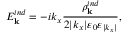
E _ { \bf k } ^ { i n d } = - i k _ { x } \frac { \rho _ { \bf k } ^ { i n d } } { 2 | k _ { x } | \varepsilon _ { 0 } \varepsilon _ { | k _ { x } | } } ,